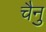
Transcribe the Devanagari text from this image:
चैनु